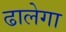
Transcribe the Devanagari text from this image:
ढालेगा